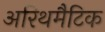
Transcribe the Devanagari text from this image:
अरिथमैटिक